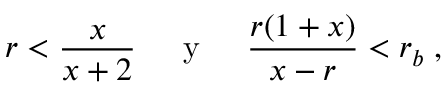
r < \frac { x } { x + 2 } \; \; \; \; { \mathrm { ~ y ~ } } \; \; \; \; \frac { r ( 1 + x ) } { x - r } < r _ { b } \; ,